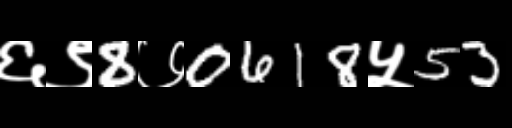
Text: ६९8७0618५53